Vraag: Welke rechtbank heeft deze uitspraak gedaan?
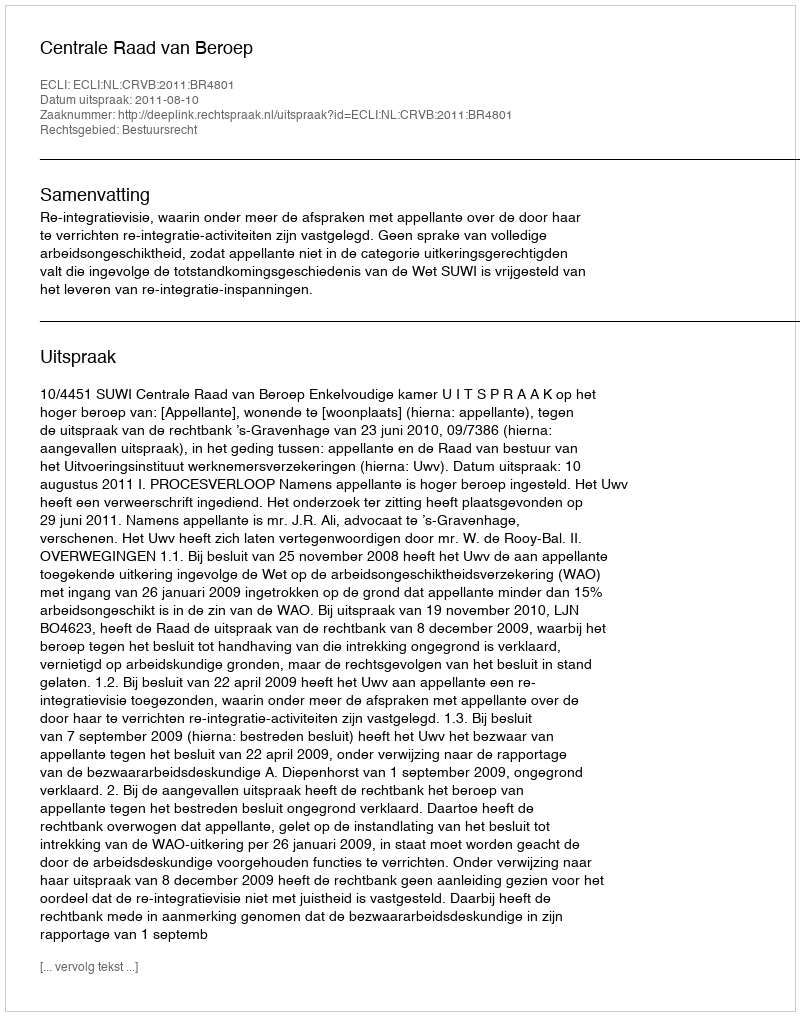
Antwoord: Centrale Raad van Beroep